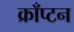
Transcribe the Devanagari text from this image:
क्राँप्टन